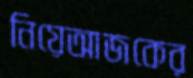
নিয়েআজকের